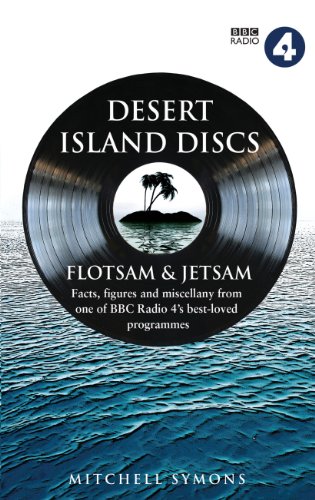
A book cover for Desert Island Discs: Flotsam and Jetsam; Mitchell Symons; Humor & Entertainment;